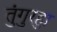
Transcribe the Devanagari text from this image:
तुंगुरहुा